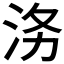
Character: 𭰄